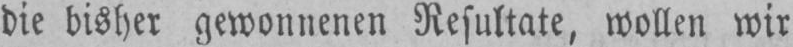
die bisher gewonnenen Resultate, wollen wir